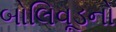
બોલિવૂડનો